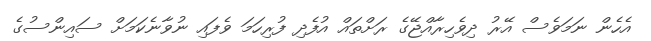
އެހެން ނަމަވެސް އޭރު ދިވެހިރާއްޖޭގެ ރަށްތައް އުފެދި ފުރިހަމަ ވެފައި ނުވާނެކަމަށް ސައިންސުގެ